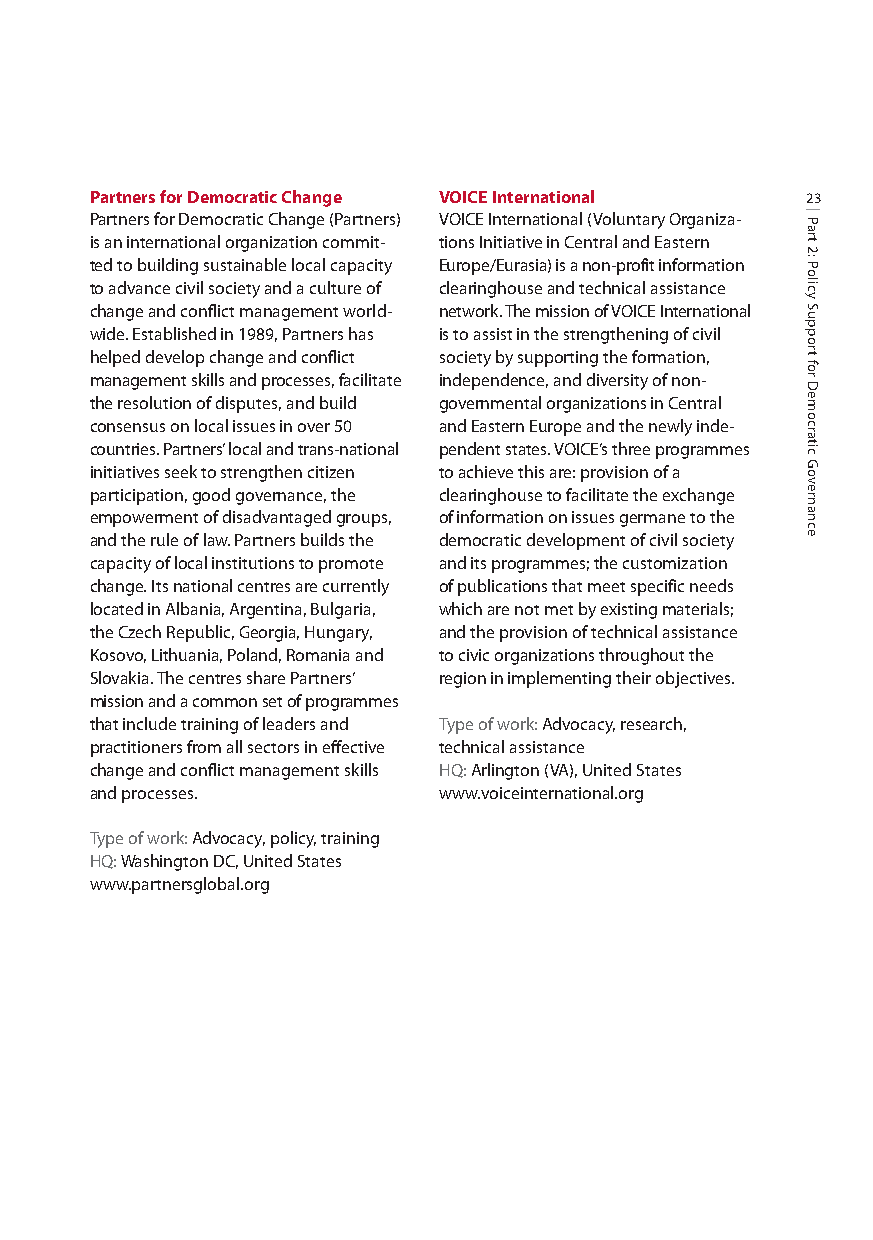
Partners for Democratic Change VOICE International 23
 Partners for Democratic Change (Partners) VOICE International (Voluntary Organiza-
 is an international organization commit- tions Initiative in Central and Eastern
 ted to building sustainable local capacity Europe/Eurasia) is a non-profit information
 to advance civil society and a culture of clearinghouse and technical assistance
 change and conflict management world- network. The mission of VOICE International
 wide. Established in 1989, Partners has is to assist in the strengthening of civil
 helped develop change and conflict society by supporting the formation,
 management skills and processes, facilitate independence, and diversity of non-
 the resolution of disputes, and build governmental organizations in Central
 consensus on local issues in over 50 and Eastern Europe and the newly inde-
 countries. Partners’local and trans-national pendent states. VOICE’s three programmes
 initiatives seek to strengthen citizen to achieve this are: provision of a
 participation, good governance, the clearinghouse to facilitate the exchange
 empowerment of disadvantaged groups, of information on issues germane to the
 and the rule of law. Partners builds the democratic development of civil society
 capacity of local institutions to promote and its programmes; the customization
 change. Its national centres are currently of publications that meet specific needs
 located in Albania, Argentina, Bulgaria, which are not met by existing materials;
 the Czech Republic, Georgia, Hungary, and the provision of technical assistance
 Kosovo, Lithuania, Poland, Romania and to civic organizations throughout the
 Slovakia. The centres share Partners’ region in implementing their objectives.
 mission and a common set of programmes
 that include training of leaders and Type of work: Advocacy, research,
 practitioners from all sectors in effective technical assistance
 change and conflict management skills HQ:Arlington (VA), United States
 and processes.         www.voiceinternational.org
 Type of work: Advocacy, policy, training
 HQ:Washington DC, United States
 www.partnersglobal.org
 Part
 2:
 Policy
 Support
 for
 Democratic
 Governance